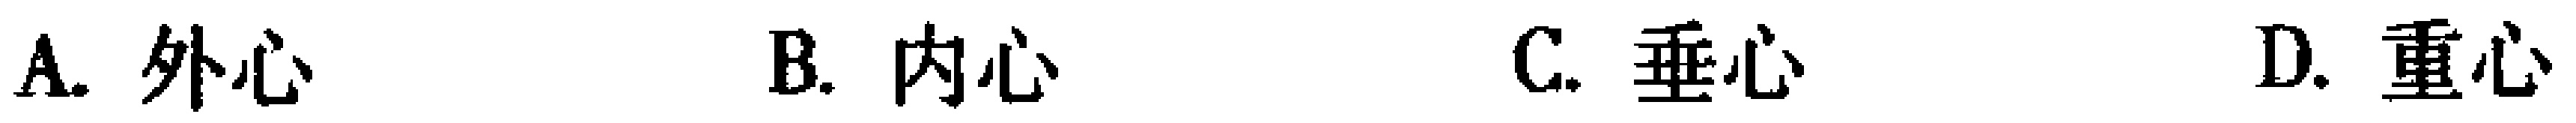
A. 外心  B. 内心  C. 垂心  D. 重心